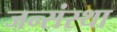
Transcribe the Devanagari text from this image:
जन्संस्था